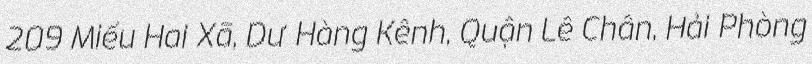
209 Miếu Hai Xã, Dư Hàng Kênh, Quận Lê Chân, Hải Phòng